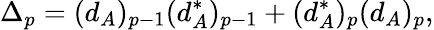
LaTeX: \Delta_{p}=(d_{A})_{p-1}(d_{A}^{*})_{p-1}+(d_{A}^{*})_{p}(d_{A})_{p},